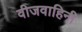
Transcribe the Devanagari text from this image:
वीजवाहिनी